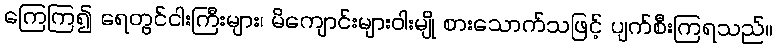
ကြေကြ၍ ရေတွင်ငါးကြီးများ၊ မိကျောင်းများဝါးမျို စားသောက်သဖြင့် ပျက်စီးကြရသည်။